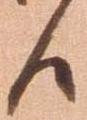
候